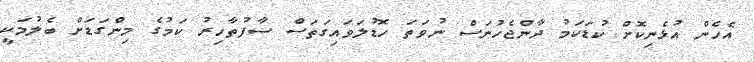
އެހެން އުޅެނިކޮށް ކުޑަކަމު ދާންޖެހުނަސް ނުވަތަ ހޮޑުލަވައިގަތަސް ސާފުތާހިރު ކަމުގެ މިންގަޑަށް ބެލުމަކީ